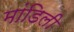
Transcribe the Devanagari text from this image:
मांडिली